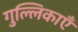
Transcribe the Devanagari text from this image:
गुल्लिकाएँ